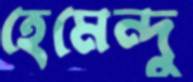
হেমেন্দু